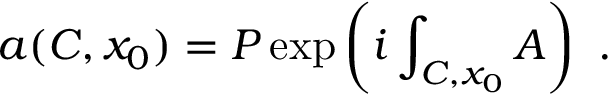
a ( C , x _ { 0 } ) = P \exp \left( i \int _ { C , x _ { 0 } } A \right) ~ .